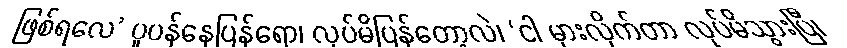
ဖြစ်ရလေ’ ပူပန်နေပြန်ရော၊ လုပ်မိပြန်တော့လဲ၊ ‘ငါ မှားလိုက်တာ လုပ်မိသွားပြီ၊